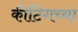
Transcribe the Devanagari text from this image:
कीटिंगच्या